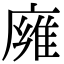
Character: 㢕